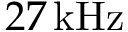
2 7 \, \mathrm { k H z }